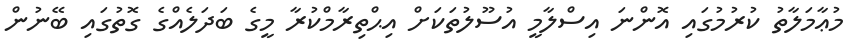
މުޢާމަލާތު ކުރުމުގައި އޮންނަ އިސްލާމީ އުސޫލުތަކަށް އިޙްތިރާމްކުރާ މީގެ ބަދަލެއްގެ ގޮތުގައި ބޭނުން